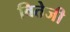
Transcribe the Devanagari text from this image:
वितेजी